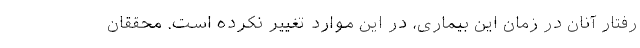
رفتار آنان در زمان این بیماری، در این موارد تغییر نکرده است. محققان